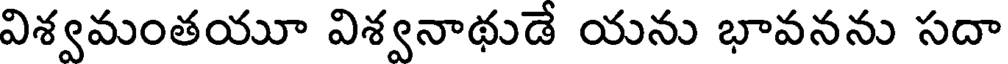
విశ్వమంతయూ విశ్వనాథుడే యను భావనను సదా